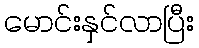
မောင်းနှင်လာပြီး